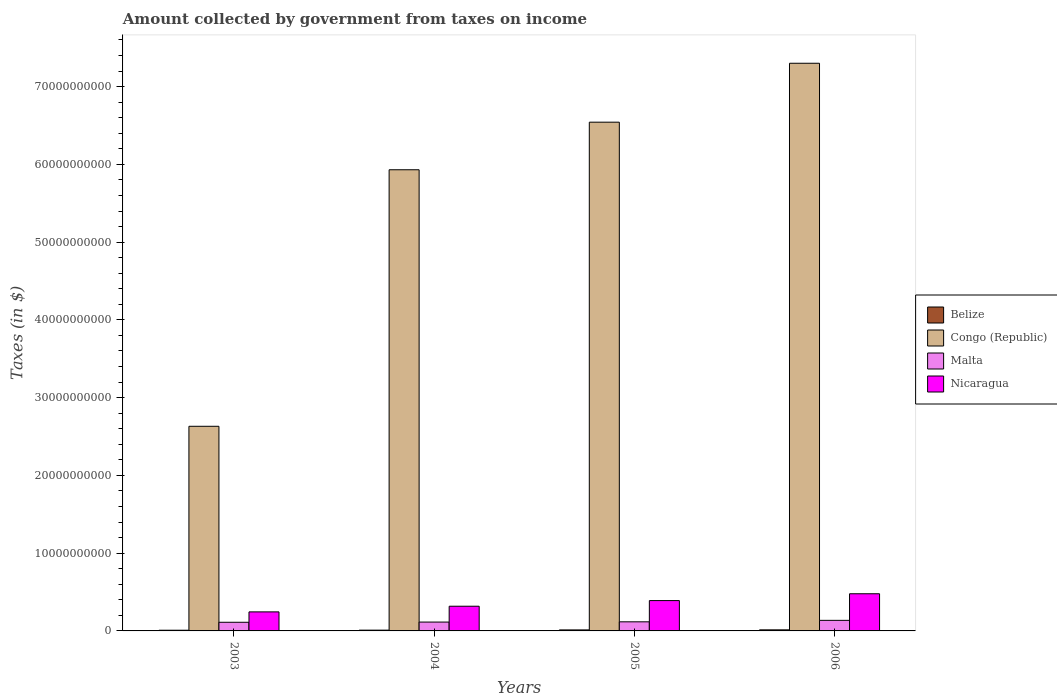
| Years | Belize | Congo (Republic) | Malta | Nicaragua |
 | --- | --- | --- | --- | --- |
 | 2003 | 8.91e+07 | 2.63e+10 | 1.11e+09 | 2.45e+09 |
 | 2004 | 9.98e+07 | 5.93e+10 | 1.14e+09 | 3.18e+09 |
 | 2005 | 1.29e+08 | 6.54e+10 | 1.17e+09 | 3.9e+09 |
 | 2006 | 1.38e+08 | 7.3e+10 | 1.36e+09 | 4.78e+09 |